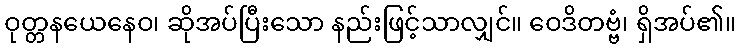
ဝုတ္တနယေနေဝ၊ ဆိုအပ်ပြီးသော နည်းဖြင့်သာလျှင်။ ဝေဒိတဗ္ဗံ၊ ရှိအပ်၏။